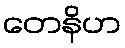
တေနိဟ